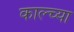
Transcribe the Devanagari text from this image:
काल्च्या